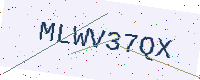
Text: MLWV37QX